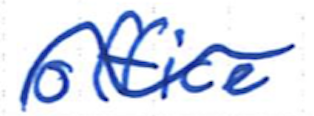
Text: office
Cross-out: wave
Writing tool: ballpoint